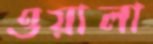
ওয়ালা